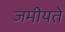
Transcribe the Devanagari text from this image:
जमीयते